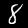
Label: 8